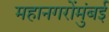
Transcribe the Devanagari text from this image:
महानगरोंमुंबई